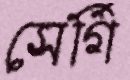
সের্গি